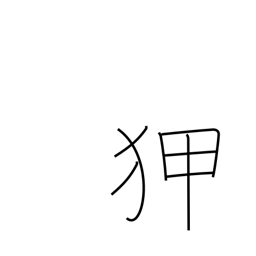
Meaning: experienced